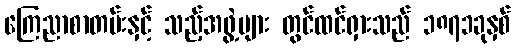
ကြေညာစာတမ်းနှင့် သည့်အဖွဲ့များ တွင်ထင်ရှားသည် ၁၈၇၁ခုနှစ်